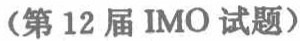
（第12届IMO试题）